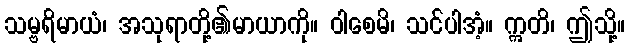
သမ္ဗရိမာယံ၊ အသုရာတို့၏မာယာကို။ ဝါစေမိ၊ သင်ပါအံ့။ ဣတိ၊ ဤသို့။